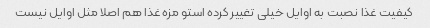
کیفیت غذا نصبت به اوایل خیلی تغییر کرده استو مزه غذا هم اصلا مثل اوایل نیست